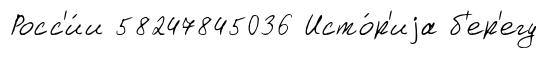
Росс'и́и 58247845036 Исто́р'иjа б'ер'егу